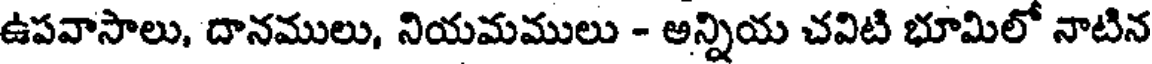
ఉపవాసాలు, దానములు, నియమములు - అన్నియ చవిటి భూమిలో నాటిన